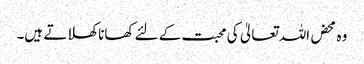
و ہ محض اللہ تعالیٰ کی محبت کے لئے کھانا کھلاتے ہیں۔